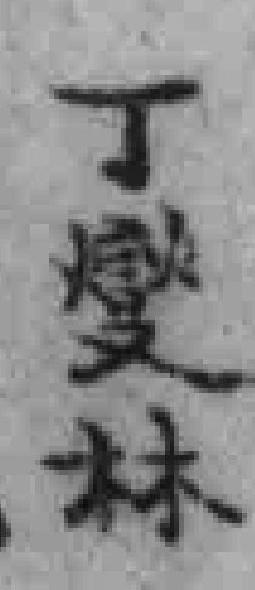
丁燮林